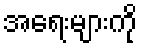
အရေးများကို